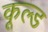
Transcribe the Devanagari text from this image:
कूल्‍ड